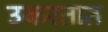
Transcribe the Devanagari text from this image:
उकरतात